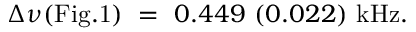
\Delta \nu ( \mathrm { F i g . 1 } ) ~ = ~ 0 . 4 4 9 ~ ( 0 . 0 2 2 ) ~ \mathrm { k H z } . ~ ~ ~ ~ ~ ~